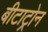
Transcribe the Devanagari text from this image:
बीटाट्रोन